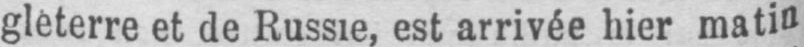
gleterre et de Russie, est arrivée hier matin